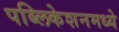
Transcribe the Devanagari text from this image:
पब्लिकेशनमध्ये